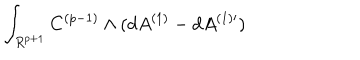
LaTeX: \int _ { R ^ { p + 1 } } C ^ { ( p - 1 ) } \wedge ( d A ^ { ( 1 ) } - d A ^ { ( 1 ) \prime } )